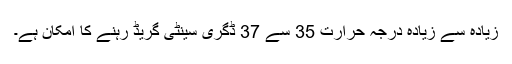
زیادہ سے زیادہ درجہ حرارت 35 سے 37 ڈگری سینٹی گریڈ رہنے کا امکان ہے۔